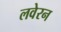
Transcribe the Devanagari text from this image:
लवेरन